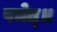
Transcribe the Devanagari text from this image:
पचेत्॥